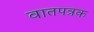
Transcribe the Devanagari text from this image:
वातपत्रक